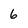
Character: 6